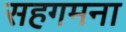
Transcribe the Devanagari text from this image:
सहगमना